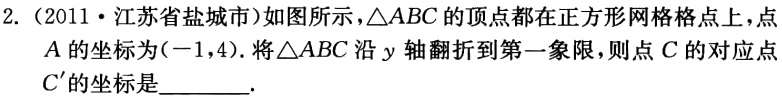
2.（2011·江苏省盐城市）如图所示，\(\triangle ABC\)的顶点都在正方形网格格点上，点\(A\)的坐标为\((-1,4)\)。将\(\triangle ABC\)沿\(y\)轴翻折到第一象限，则点\(C\)的对应点\(C'\)的坐标是________。